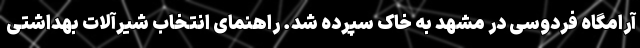
آرامگاه فردوسی در مشهد به خاک سپرده شد. راهنمای انتخاب شیرآلات بهداشتی